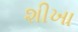
શીખા